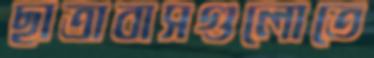
ছাত্রাবাসগুলোতে